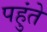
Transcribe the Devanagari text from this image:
पहुंते